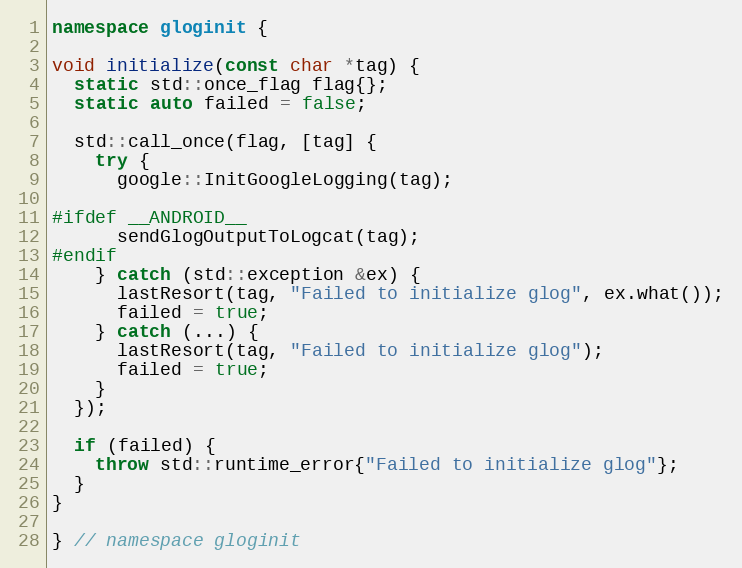
Language: C++
namespace gloginit {

void initialize(const char *tag) {
  static std::once_flag flag{};
  static auto failed = false;

  std::call_once(flag, [tag] {
    try {
      google::InitGoogleLogging(tag);

#ifdef __ANDROID__
      sendGlogOutputToLogcat(tag);
#endif
    } catch (std::exception &ex) {
      lastResort(tag, "Failed to initialize glog", ex.what());
      failed = true;
    } catch (...) {
      lastResort(tag, "Failed to initialize glog");
      failed = true;
    }
  });

  if (failed) {
    throw std::runtime_error{"Failed to initialize glog"};
  }
}

} // namespace gloginit